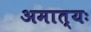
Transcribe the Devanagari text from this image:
अमात्यः